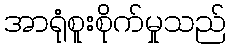
အာရုံစူးစိုက်မှုသည်